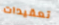
تعقيدات